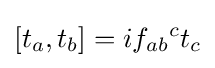
[t_{a},t_{b}]=if_{ab}{}^{c}t_{c}